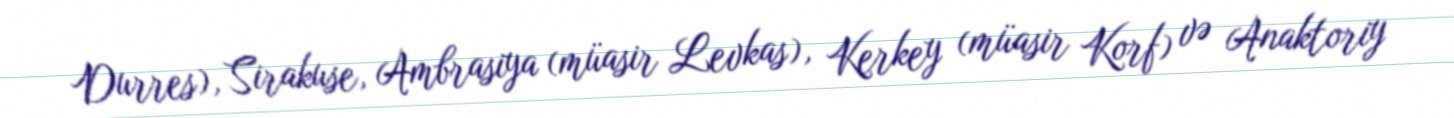
Durres), Sirakuse, Ambrasiya (müasir Levkas), Kerkey (müasir Korf) və Anaktoriy